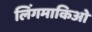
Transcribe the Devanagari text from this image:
लिंगमाकिओं